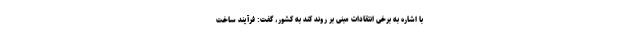
با اشاره به برخی انتقادات مبنی بر روند کند به کشور، گفت: فرآیند ساخت